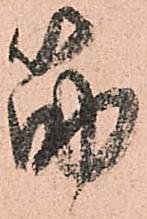
筋